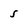
Character: 5